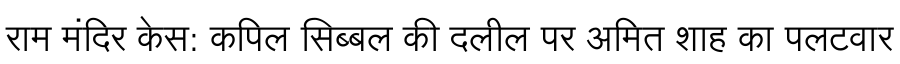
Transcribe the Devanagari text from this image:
राम मंदिर केस: कपिल सिब्बल की दलील पर अमित शाह का पलटवार